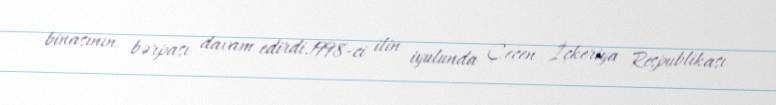
binasının bərpası davam edirdi.1998-ci ilin iyulunda Çeçen İçkeriya Respublikası